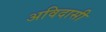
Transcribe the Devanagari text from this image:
अविदासी